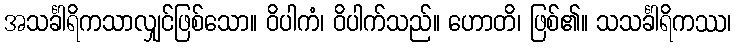
အသင်္ခါရိကသာလျှင်ဖြစ်သော။ ဝိပါကံ၊ ဝိပါက်သည်။ ဟောတိ၊ ဖြစ်၏။ သသင်္ခါရိကဿ၊